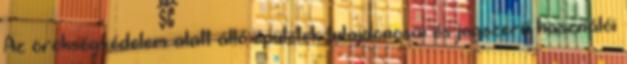
Az örökségvédelem alatt álló épületek tulajdonosai és jogszerű használói